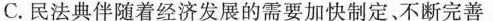
C.民法典伴随着经济发展的需要加快制定、不断完善